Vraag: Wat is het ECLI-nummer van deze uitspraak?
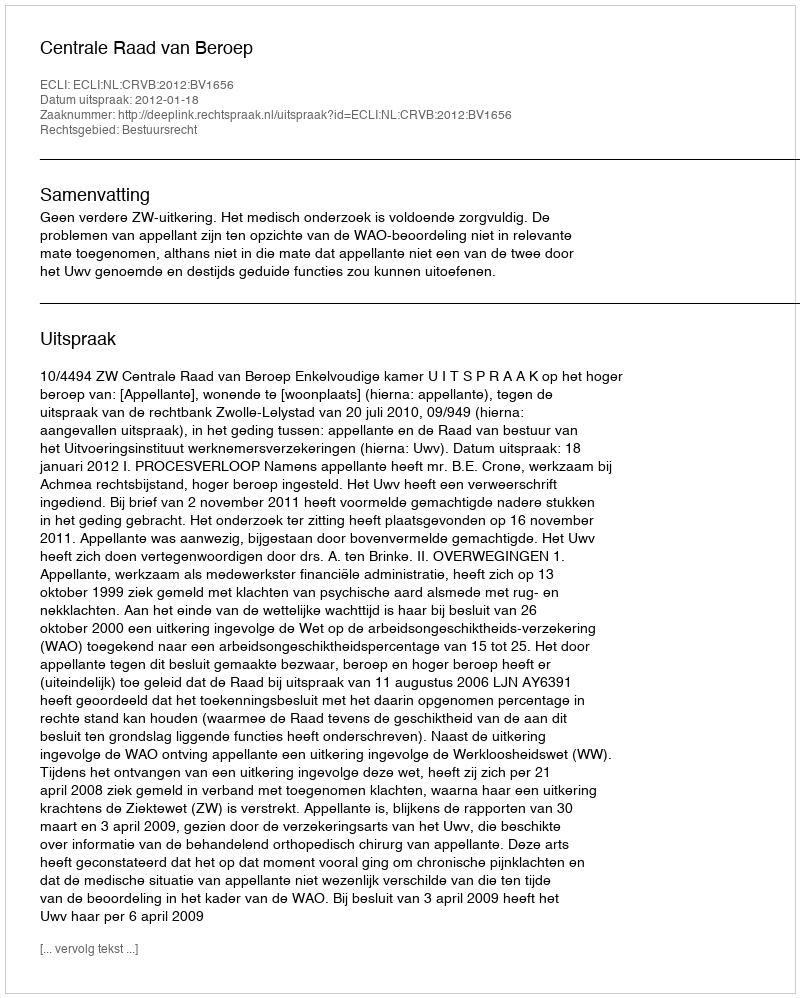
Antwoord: ECLI:NL:CRVB:2012:BV1656